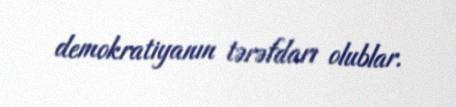
demokratiyanın tərəfdarı olublar.